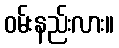
ဝမ်းနည်းလား။